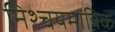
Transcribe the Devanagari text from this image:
निश्चयमात्रिक